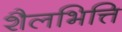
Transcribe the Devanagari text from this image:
शैलभित्ति